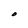
Character: O